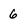
Character: 6